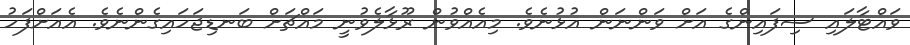
ވައްޓާލައި ސިފައިންގެ އަށް ވަންނަން އުޅުނެވެ. މިއެއްވުން ރޫޅާލެވުނީ މައްޗަށް ބަނޑިޖަހައިގެންނެވެ. އެއަށްފަހު